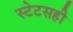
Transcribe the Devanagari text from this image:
स्टेटसही